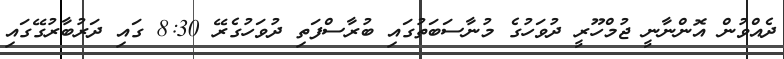
ދެއްވުން އޮންނާނީ ޖުމްހޫރީ ދުވަހުގެ މުނާސަބަތުގައި ބުރާސްފަތި ދުވަހުގެރޭ 8:30 ގައި ދަރުބާރުގޭގައި